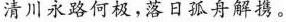
川永路何极，落日孤舟解携。